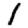
Digit: 1